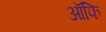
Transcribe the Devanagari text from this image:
ऑफि